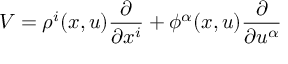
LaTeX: V = \rho ^ { i } ( x , u ) { \frac { \partial } { \partial x ^ { i } } } + \phi ^ { \alpha } ( x , u ) { \frac { \partial } { \partial u ^ { \alpha } } }